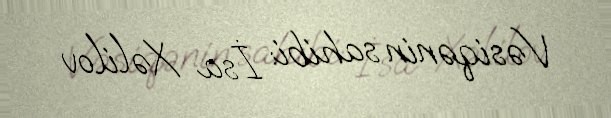
Vəsiqənin sahibi: İsa Xəlilov